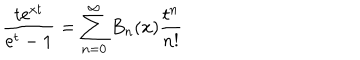
{ \frac { t \mathrm { e } ^ { x t } } { \mathrm { e } ^ { t } - 1 } } = \sum _ { n = 0 } ^ { \infty } B _ { n } ( x ) { \frac { t ^ { n } } { n ! } }